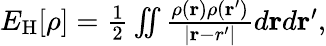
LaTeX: \begin{array}{r}{E_{\mathrm{H}}[{\mathbf\rho}]=\frac{1}{2}\iint\frac{\rho({\mathbf r})\rho({\mathbf r^{\prime}})}{\vert{\mathbf r-r^{\prime}}\vert}d{\mathbf r}d{\mathbf r^{\prime}},}\end{array}